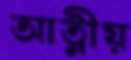
আত্নীয়